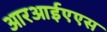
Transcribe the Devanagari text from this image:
आरआईएएस